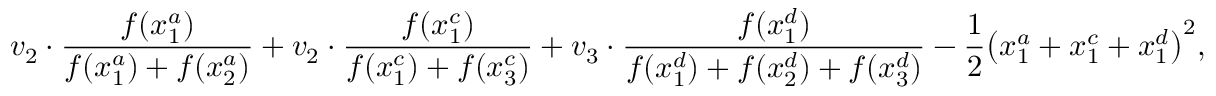
v _ { 2 } \cdot \frac { f ( x _ { 1 } ^ { a } ) } { f ( x _ { 1 } ^ { a } ) + f ( x _ { 2 } ^ { a } ) } + v _ { 2 } \cdot \frac { f ( x _ { 1 } ^ { c } ) } { f ( x _ { 1 } ^ { c } ) + f ( x _ { 3 } ^ { c } ) } + v _ { 3 } \cdot \frac { f ( x _ { 1 } ^ { d } ) } { f ( x _ { 1 } ^ { d } ) + f ( x _ { 2 } ^ { d } ) + f ( x _ { 3 } ^ { d } ) } - \frac { 1 } { 2 } \bigl ( x _ { 1 } ^ { a } + x _ { 1 } ^ { c } + x _ { 1 } ^ { d } \bigr ) ^ { 2 } ,